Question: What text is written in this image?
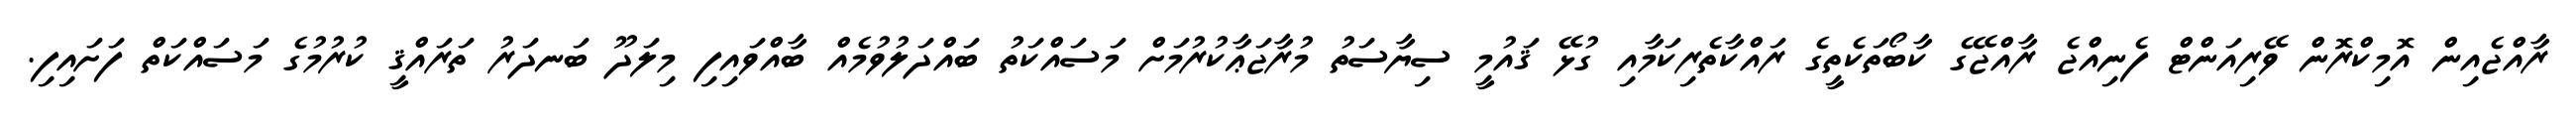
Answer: ރާއްޖެއިން އޮމިކްރޮން ވޭރިއަންޓް ފެނިއްޖެ ރާއްޖޭގެ ކާބޯތަކެތީގެ ރައްކާތެރިކަމާއި ގުޅޭ ޤައުމީ ސިޔާސަތު މުރާޖަޢާކުރުމަށް މަސައްކަތު ބައްދަލުވުމެއް ބާއްވައިފި މިލަދޫ ބަނދަރު ތަރައްޤީ ކުރުމުގެ މަސައްކަތް ފަށައިފި.